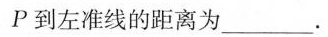
P到左准线的距离为___。